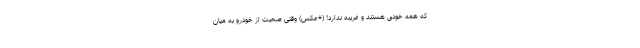
که همه خودی هستند و غریبه ندارد! (+عکس) وقتی صحبت از خودرو به میان